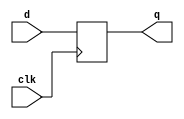
module d_ff_negedge(input d,clk,output reg q);
  always@(negedge clk)
    q<=d;
endmodule